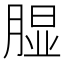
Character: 𱼎